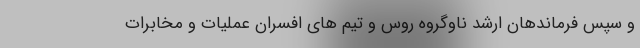
و سپس فرماندهان ارشد ناوگروه روس و تیم های افسران عملیات و مخابرات